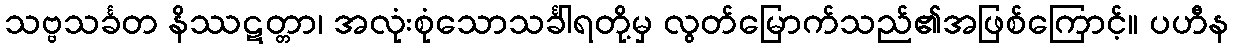
သဗ္ဗသင်္ခတ နိဿဋတ္တာ၊ အလုံးစုံသောသင်္ခါရတို့မှ လွတ်မြောက်သည်၏အဖြစ်ကြောင့်။ ပဟီန